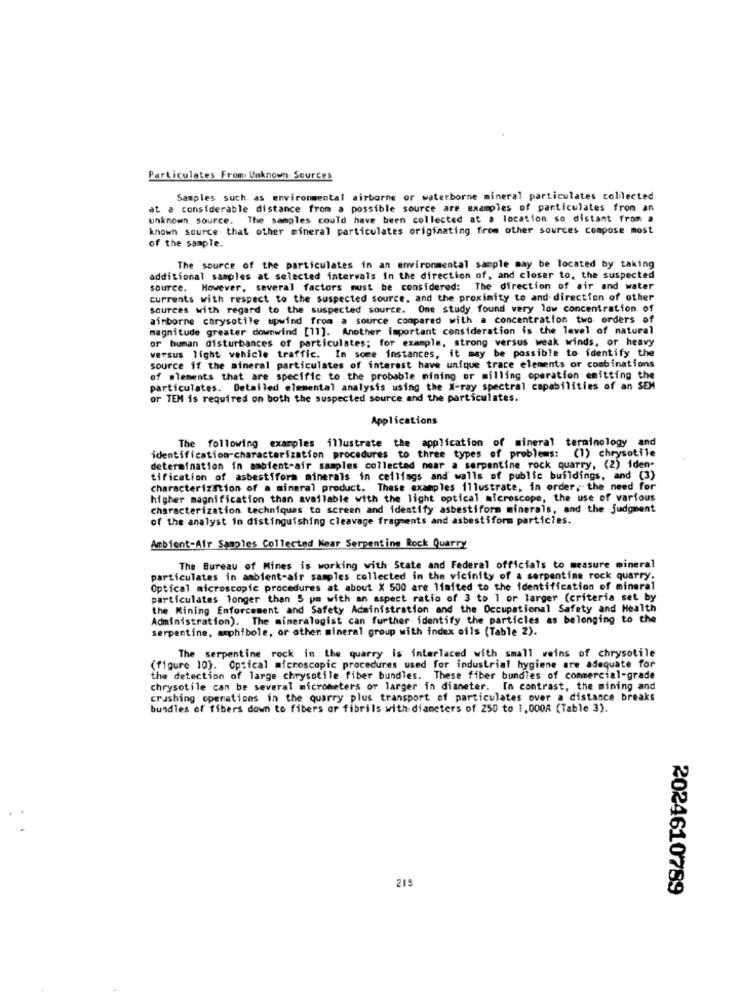
Particulates From Unknown Sources
Samples such. as environmental airborne or waterborne mineral particulates collected
at a considerable distance from a possible source are examples of particulates from an
unknown source. The samples could have been collected at a location so distant from a
known source that other mineral particulates originating from other sources compose most
of the sample.
The source of the particulates in an environmental sample may be located by taking
additional samples at selected intervals in the direction of, and closer to, the suspected
source. However, several factors must be considered: The direction of air and water
currents with respect to the suspected source, and the proximity to and direction of other
sources with regard to the suspected source. One study found very low concentration of
ainborne chrysotile upwind from a source compared with a concentration two orders of
magnitude greater downwind [11]. Another important consideration is the level of natural
or human disturbances of particulates; for example, strong versus weak winds, or heavy
versus light vehicle traffic. In some instances, it may be possible to identify the
source if the mineral particulates of interest have unique trace elements or combinations
of elements that are specific to the probable mining or milling operation emitting the
particulates. Detailed elemental analysis using the X-ray spectral capabilities of an SEM
or TEM is required on both the suspected source and the particulates.
Applications
The following examples illustrate the application of mineral terminology and
identification-characterization procedures to three types of problems: (1) chrysotile
determination in ambient-air samples collected near a serpentine rock quarry, (2) iden-
tification of asbestifora minerals in ceilings and walls of public buildings, and (3)
characterization of a mineral product. These examples 11lustrate, in order,the need for
higher magnification than available with the light optical microscope, the use of various
characterization techniques to screen and identify asbestiform minerals, and the judgment
of the analyst in distinguishing cleavage fragments and asbestiform particles.
Ambient-Afr Samples Collected Near Serpentine Rock Quarry
The Bureau of Mines is working with State and Federal officials to measure mineral
particulates in ambient-air samples collected in the vicinity of a serpentine rock quarry.
Optical microscopic procedures at about X 500 are limited to the identification of mineral
particulates longer than 5 pm with an aspect ratio of 3 to 1 or larger (criteria set by
the Mining Enforcement and Safety Administration and the Occupational Safety and Health
Administration). The mineralogist can further identify the particles as belonging to the
serpentine, asphfbole, or other mineral group with index oils (Table 2).
The serpentine rock in the quarry is interlaced with small weins of chrysotile
(figure 10). Optical microscopic procedures used for industrial hygiene are adequate for
the detection of large chrysotile fiber bundles. These fiber bundles of commercial-grade
chrysotile can be several micrometers or larger in dianeter. In contrast, the mining and
crushing operations in the quarry plus transport of particulates over a distance breaks
bundles of fibers down to fibers or fibrils with diameters of 250 to 1.000A (Table 3).
215
2024610789